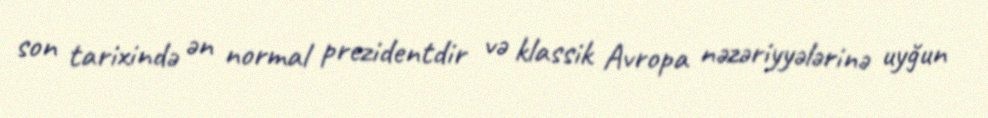
son tarixində ən normal prezidentdir və klassik Avropa nəzəriyyələrinə uyğun